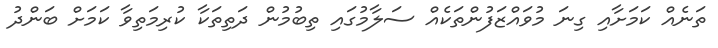
ތަނެއް ކަމަށާއި ގިނަ މުވައްޒަފުންތަކެއް ސަލާމުގައި ތިބުމުން ދަތިތަކާ ކުރިމަތިވާ ކަމަށް ބަންދު